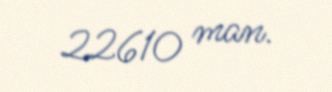
22610 man.